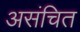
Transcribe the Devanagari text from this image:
असंचित